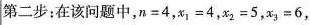
第二步：在该问题中，$$n = 4$$，$$x _ { 1 } = 4$$，$$x _ { 2 } = 5$$，$$x _ { 3 } = 6$$，